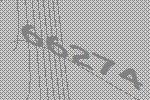
66274